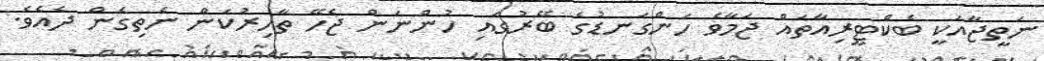
ނަތީޖާއަކީ ބެކްޓީރިއާތައް ޖަމާވެ ހަންގަނޑުގެ ބޭރުގައި ހުންނަން ޖެހޭ ތާހިރުކަން ނެތިގެން ދެއެވެ.